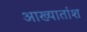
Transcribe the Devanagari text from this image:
आख्यातांश